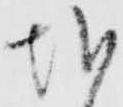
越